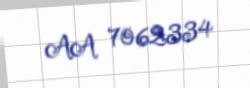
AA 7062334